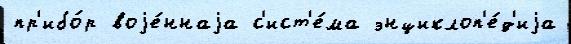
пр'ибо́р воjе́ннаjа с'ист'е́ма энциклоп'е́д'иjа